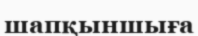
шапқыншыға